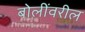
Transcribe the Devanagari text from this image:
बोलींवरील